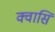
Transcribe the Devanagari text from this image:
क्वासि